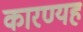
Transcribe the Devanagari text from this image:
कारण्यह